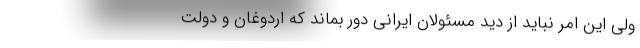
ولی این امر نباید از دید مسئولان ایرانی دور بماند که اردوغان و دولت